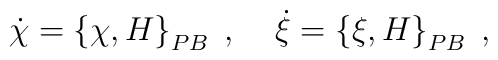
{\dot \chi}=\left\{\chi, H \right\}_{PB}\;, \;\;\;\;{\dot \xi}=\left\{ \xi, H\right\}_{PB}\;,